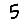
Digit: 5